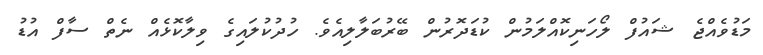
މަޑުވެއްޖެ ޝައުފް ލޯހަނިކޮއްލަމުން ކުޑަދޮރުން ބޭރުބަލާލިއެވެ. ހުދުކުލައިގެ ވިލާކޮޅެއް ނެތް ސާފް އުޑު